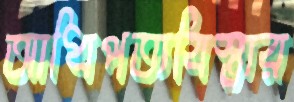
আধিপত্যবিস্তার